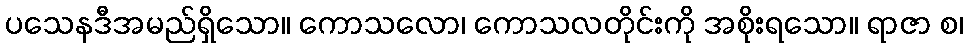
ပသေနဒီအမည်ရှိသော။ ကောသလော၊ ကောသလတိုင်းကို အစိုးရသော။ ရာဇာ စ၊